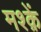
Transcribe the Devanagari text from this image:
मश्क़ें